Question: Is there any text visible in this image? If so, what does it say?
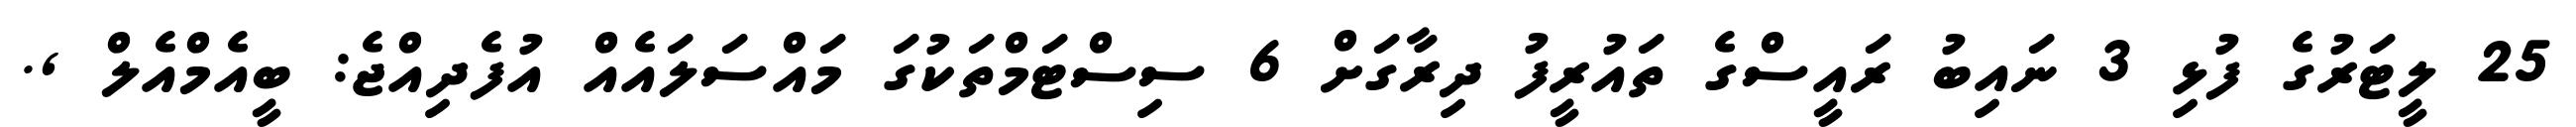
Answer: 25 ލީޓަރުގެ ފުޅި 3 ނައިބު ރައީސްގެ ތައުރީފު ދިރާގަށް 6 ސިސްޓަމްތަކުގަ މައްސަލައެއް އުފެދިއްޖެ: ބީއެމްއެލް ,.